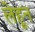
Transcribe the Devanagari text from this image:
लेहून